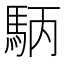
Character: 𮩺